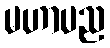
မဟာပည